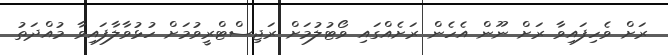
ރަށް ވެހިފައިވާ ރަށް ނޫން އެހެން ރަށެއްގައި ވޯޓުލުމަށް ރަޖިސްޓްރީވުމަށް ހުޅުވާލާފައިވާ މުއްދަތު